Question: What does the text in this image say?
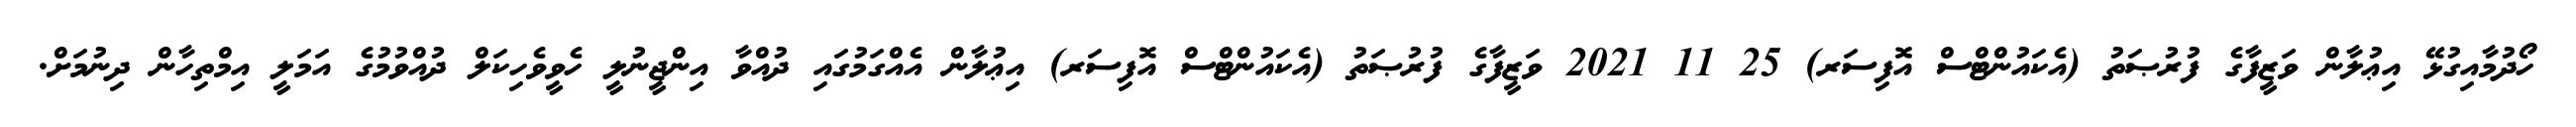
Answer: ހޯދުމާއިގުޅޭ އިޢުލާން ވަޒީފާގެ ފުރުޞަތު (އެކައުންޓްސް އޮފިސަރ) 25 11 2021 ވަޒީފާގެ ފުރުޞަތު (އެކައުންޓްސް އޮފިސަރ) އިޢުލާން އެއްގަމުގައި ދުއްވާ އިންޖީނުލީ ހެވީވެހިކަލް ދުއްވުމުގެ އަމަލީ އިމްތިހާން ދިނުމަށް.